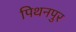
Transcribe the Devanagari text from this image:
पिथनपुर